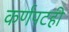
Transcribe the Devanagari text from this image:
कर्णपटही